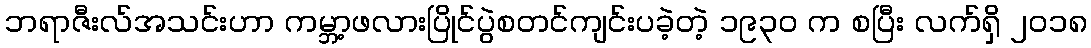
ဘရာဇီးလ်အသင်းဟာ ကမ္ဘာ့ဖလားပြိုင်ပွဲစတင်ကျင်းပခဲ့တဲ့ ၁၉၃၀ က စပြီး လက်ရှိ ၂၀၁၈